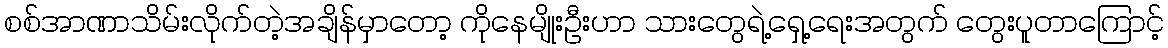
စစ်အာဏာသိမ်းလိုက်တဲ့အချိန်မှာတော့ ကိုနေမျိုးဦးဟာ သားတွေရဲ့ရှေ့ရေးအတွက် တွေးပူတာကြောင့်